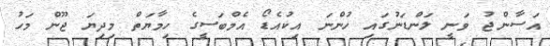
އަސާންޖު ވަނީ ލަންޑަނުގައި ހުންނަ އިކުއެޑޯ އެމްބަސީގެ ހިމާޔަތް މިދިޔަ ޖޫން މަހު